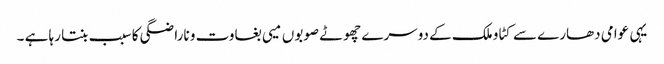
یہی عوامی دھارے سے کٹاو ملک کے دوسرے چھوٹے صوبوں میی بغاوت و ناراضگی کا سبب بنتا رہا ہے ۔